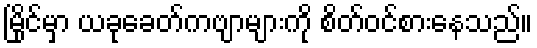
မြိုင်မှာ ယခုခေတ်ကဗျာများကို စိတ်ဝင်စားနေသည်။